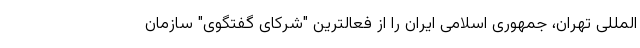
المللی تهران، جمهوری اسلامی ایران را از فعالترین "شرکای گفتگوی" سازمان